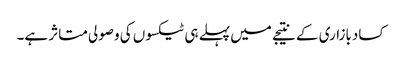
کسادبازاری کے نتیجے میں پہلے ہی ٹیکسوں کی وصولی متاثر ہے۔